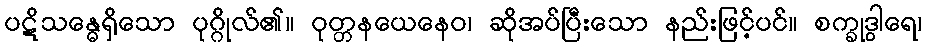
ပဋိသန္ဓေရှိသော ပုဂ္ဂိုလ်၏။ ဝုတ္တနယေနေဝ၊ ဆိုအပ်ပြီးသော နည်းဖြင့်ပင်။ စက္ခုဒွါရေ၊